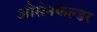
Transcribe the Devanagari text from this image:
ओसेनफेल्डर